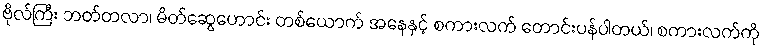
ဗိုလ်ကြီး ဘတ်တလာ၊ မိတ်ဆွေဟောင်း တစ်ယောက် အနေနှင့် စကားလက် တောင်းပန်ပါတယ်၊ စကားလက်ကို